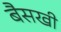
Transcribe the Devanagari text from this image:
बैसखी